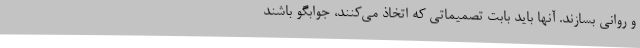
و روانی بسازند. آنها باید بابت تصمیماتی که اتخاذ می‌کنند، جوابگو باشند